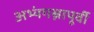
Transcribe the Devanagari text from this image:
अभ्यंगस्नापूर्वी